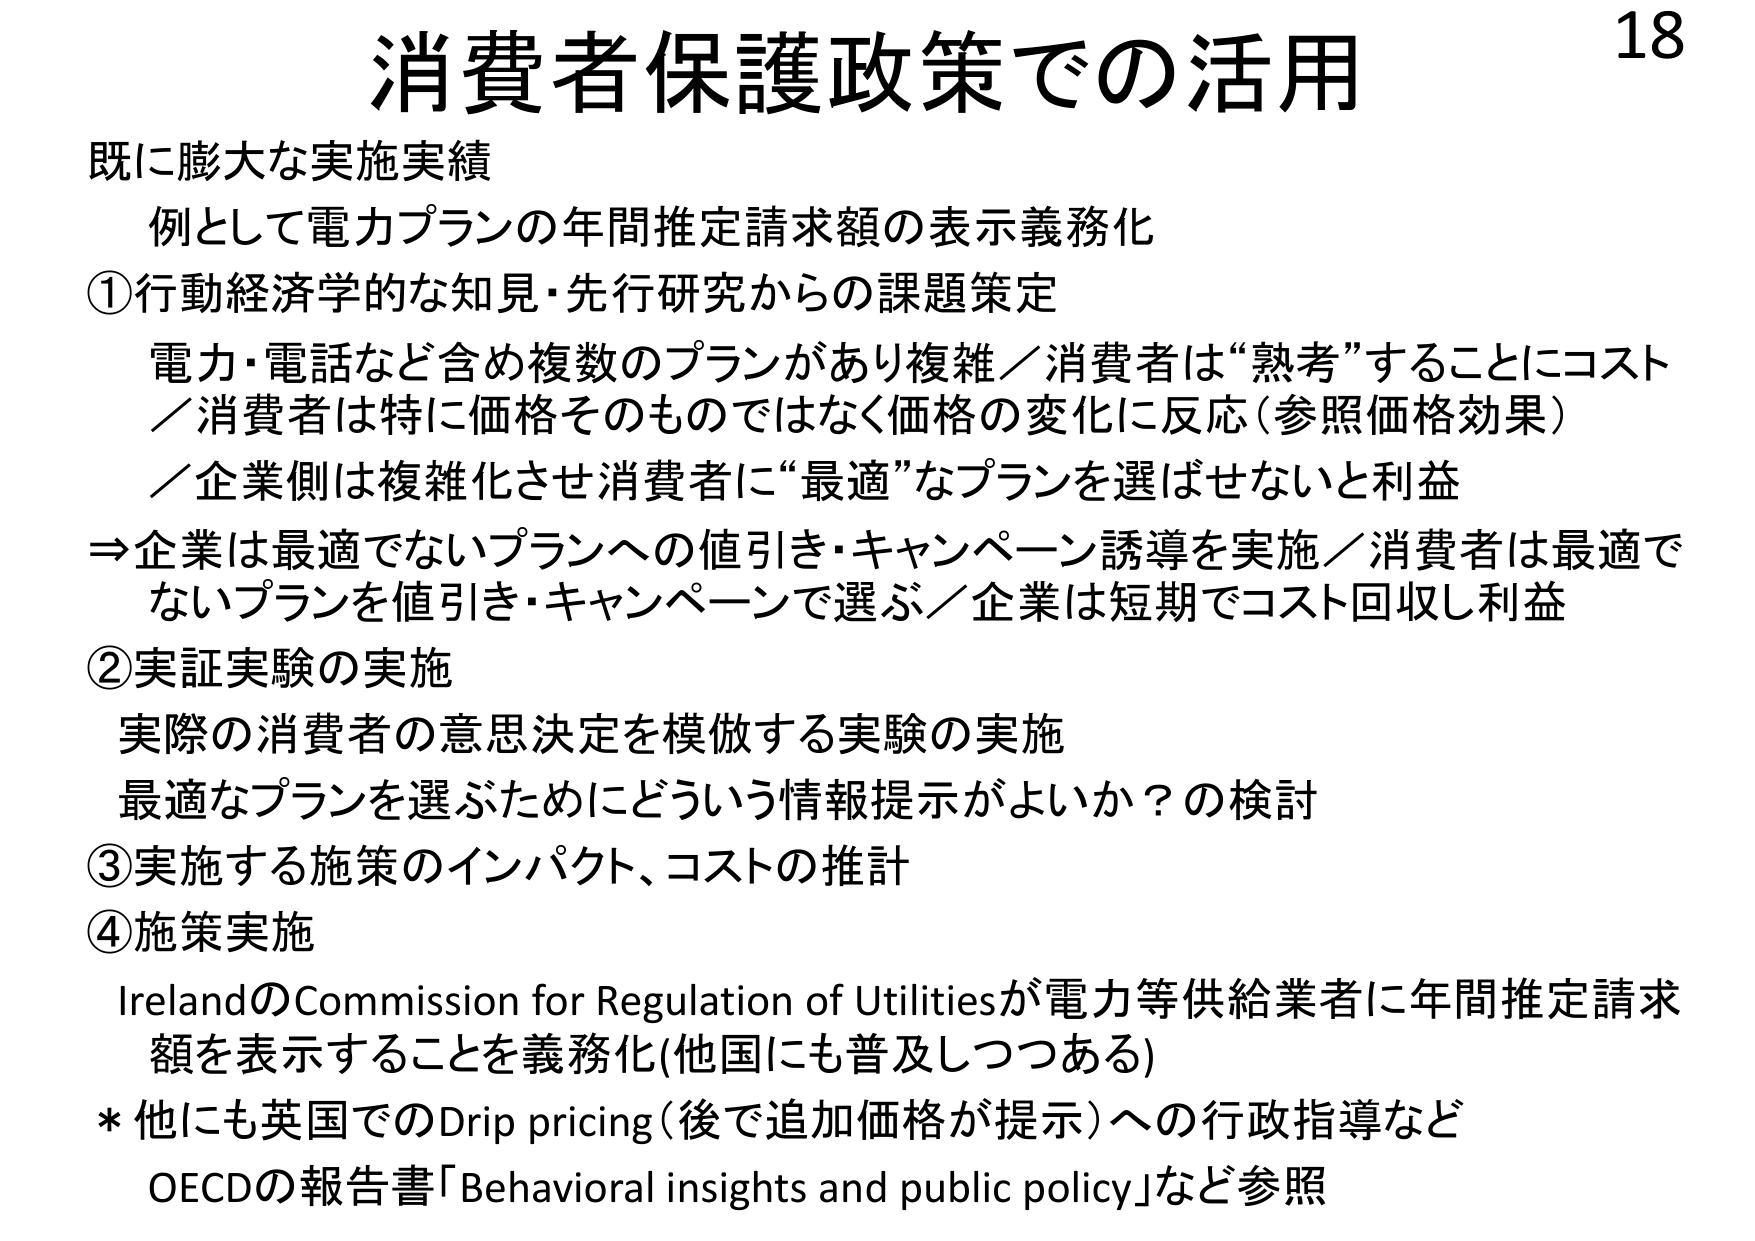
消費者保護政策での活用

既に膨大な実施実績
例として電力プランの年間推定請求額の表示義務化

①行動経済学的な知見・先行研究からの課題策定
電力・電話など含め複数のプランがあり複雑／消費者は“熟考”することにコスト
／消費者は特に価格そのものではなく価格の変化に反応（参照価格効果）
／企業側は複雑化させ消費者に“最適”なプランを選ばせないと利益
⇒企業は最適でないプランへの値引き・キャンペーン誘導を実施／消費者は最適で
ないプランを値引き・キャンペーンで選ぶ／企業は短期でコスト回収し利益

②実証実験の実施
実際の消費者の意思決定を模倣する実験の実施
最適なプランを選ぶためにどういう情報提示がよいか？の検討

③実施する施策のインパクト、コストの推計

④施策実施
IrelandのCommission for Regulation of Utilitiesが電力等供給業者に年間推定請求
額を表示することを義務化（他国にも普及しつつある）

* 他にも英国でのDrip pricing（後で追加価格が提示）への行政指導など
OECDの報告書「Behavioral insights and public policy」など参照

18